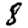
Digit: 8